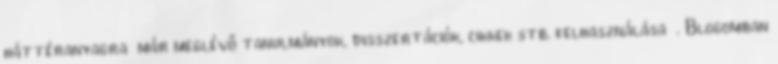
háttéranyagra már meglévő tanulmányok, disszertációk, cikkek stb. felhasználása . Blogomban